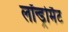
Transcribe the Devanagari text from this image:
लॉन्ड्रोमैट